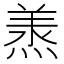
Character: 𭵠